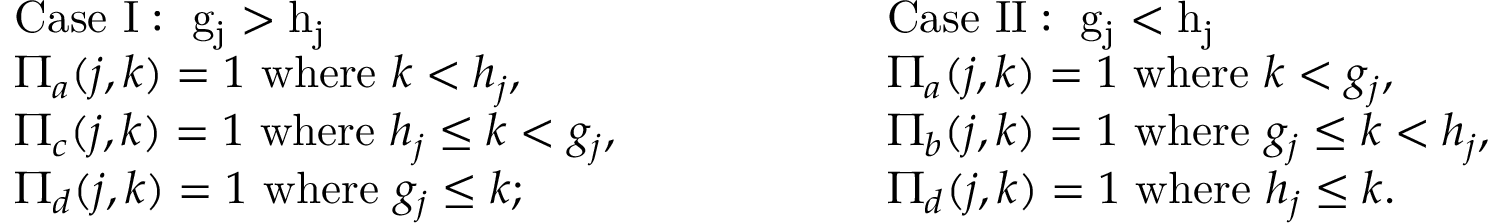
\begin{array} { r l } & { \mathrm { C a s e ~ I : ~ g _ j > h _ j ~ } } \\ & { \Pi _ { a } ( j , k ) = 1 \mathrm { ~ w h e r e ~ } k < h _ { j } , } \\ & { \Pi _ { c } ( j , k ) = 1 \mathrm { ~ w h e r e ~ } h _ { j } \leq k < g _ { j } , } \\ & { \Pi _ { d } ( j , k ) = 1 \mathrm { ~ w h e r e ~ } g _ { j } \leq k ; } \end{array} \qquad \qquad \begin{array} { r l } & { \mathrm { C a s e ~ I I : ~ g _ j < h _ j ~ } } \\ & { \Pi _ { a } ( j , k ) = 1 \mathrm { ~ w h e r e ~ } k < g _ { j } , } \\ & { \Pi _ { b } ( j , k ) = 1 \mathrm { ~ w h e r e ~ } g _ { j } \leq k < h _ { j } , } \\ & { \Pi _ { d } ( j , k ) = 1 \mathrm { ~ w h e r e ~ } h _ { j } \leq k . } \end{array}